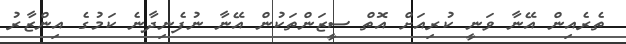
ތެރެއިން އޭނާ ވަނީ ކުރިއަށް އޮތް ސީޒަންތަކުން އޭނާ ނުފެނިދާނެ ކަމުގެ އިންޒާރު